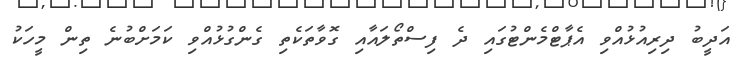
އަދީބު ދިރިއުޅުއްވި އެޕާޓްމެންޓުގައި ދެ ފިސްތޯލައާއި ގޮވާތަކެތި ގެންގުޅުއްވި ކަމަށްބުނެ ތިން މީހަކު